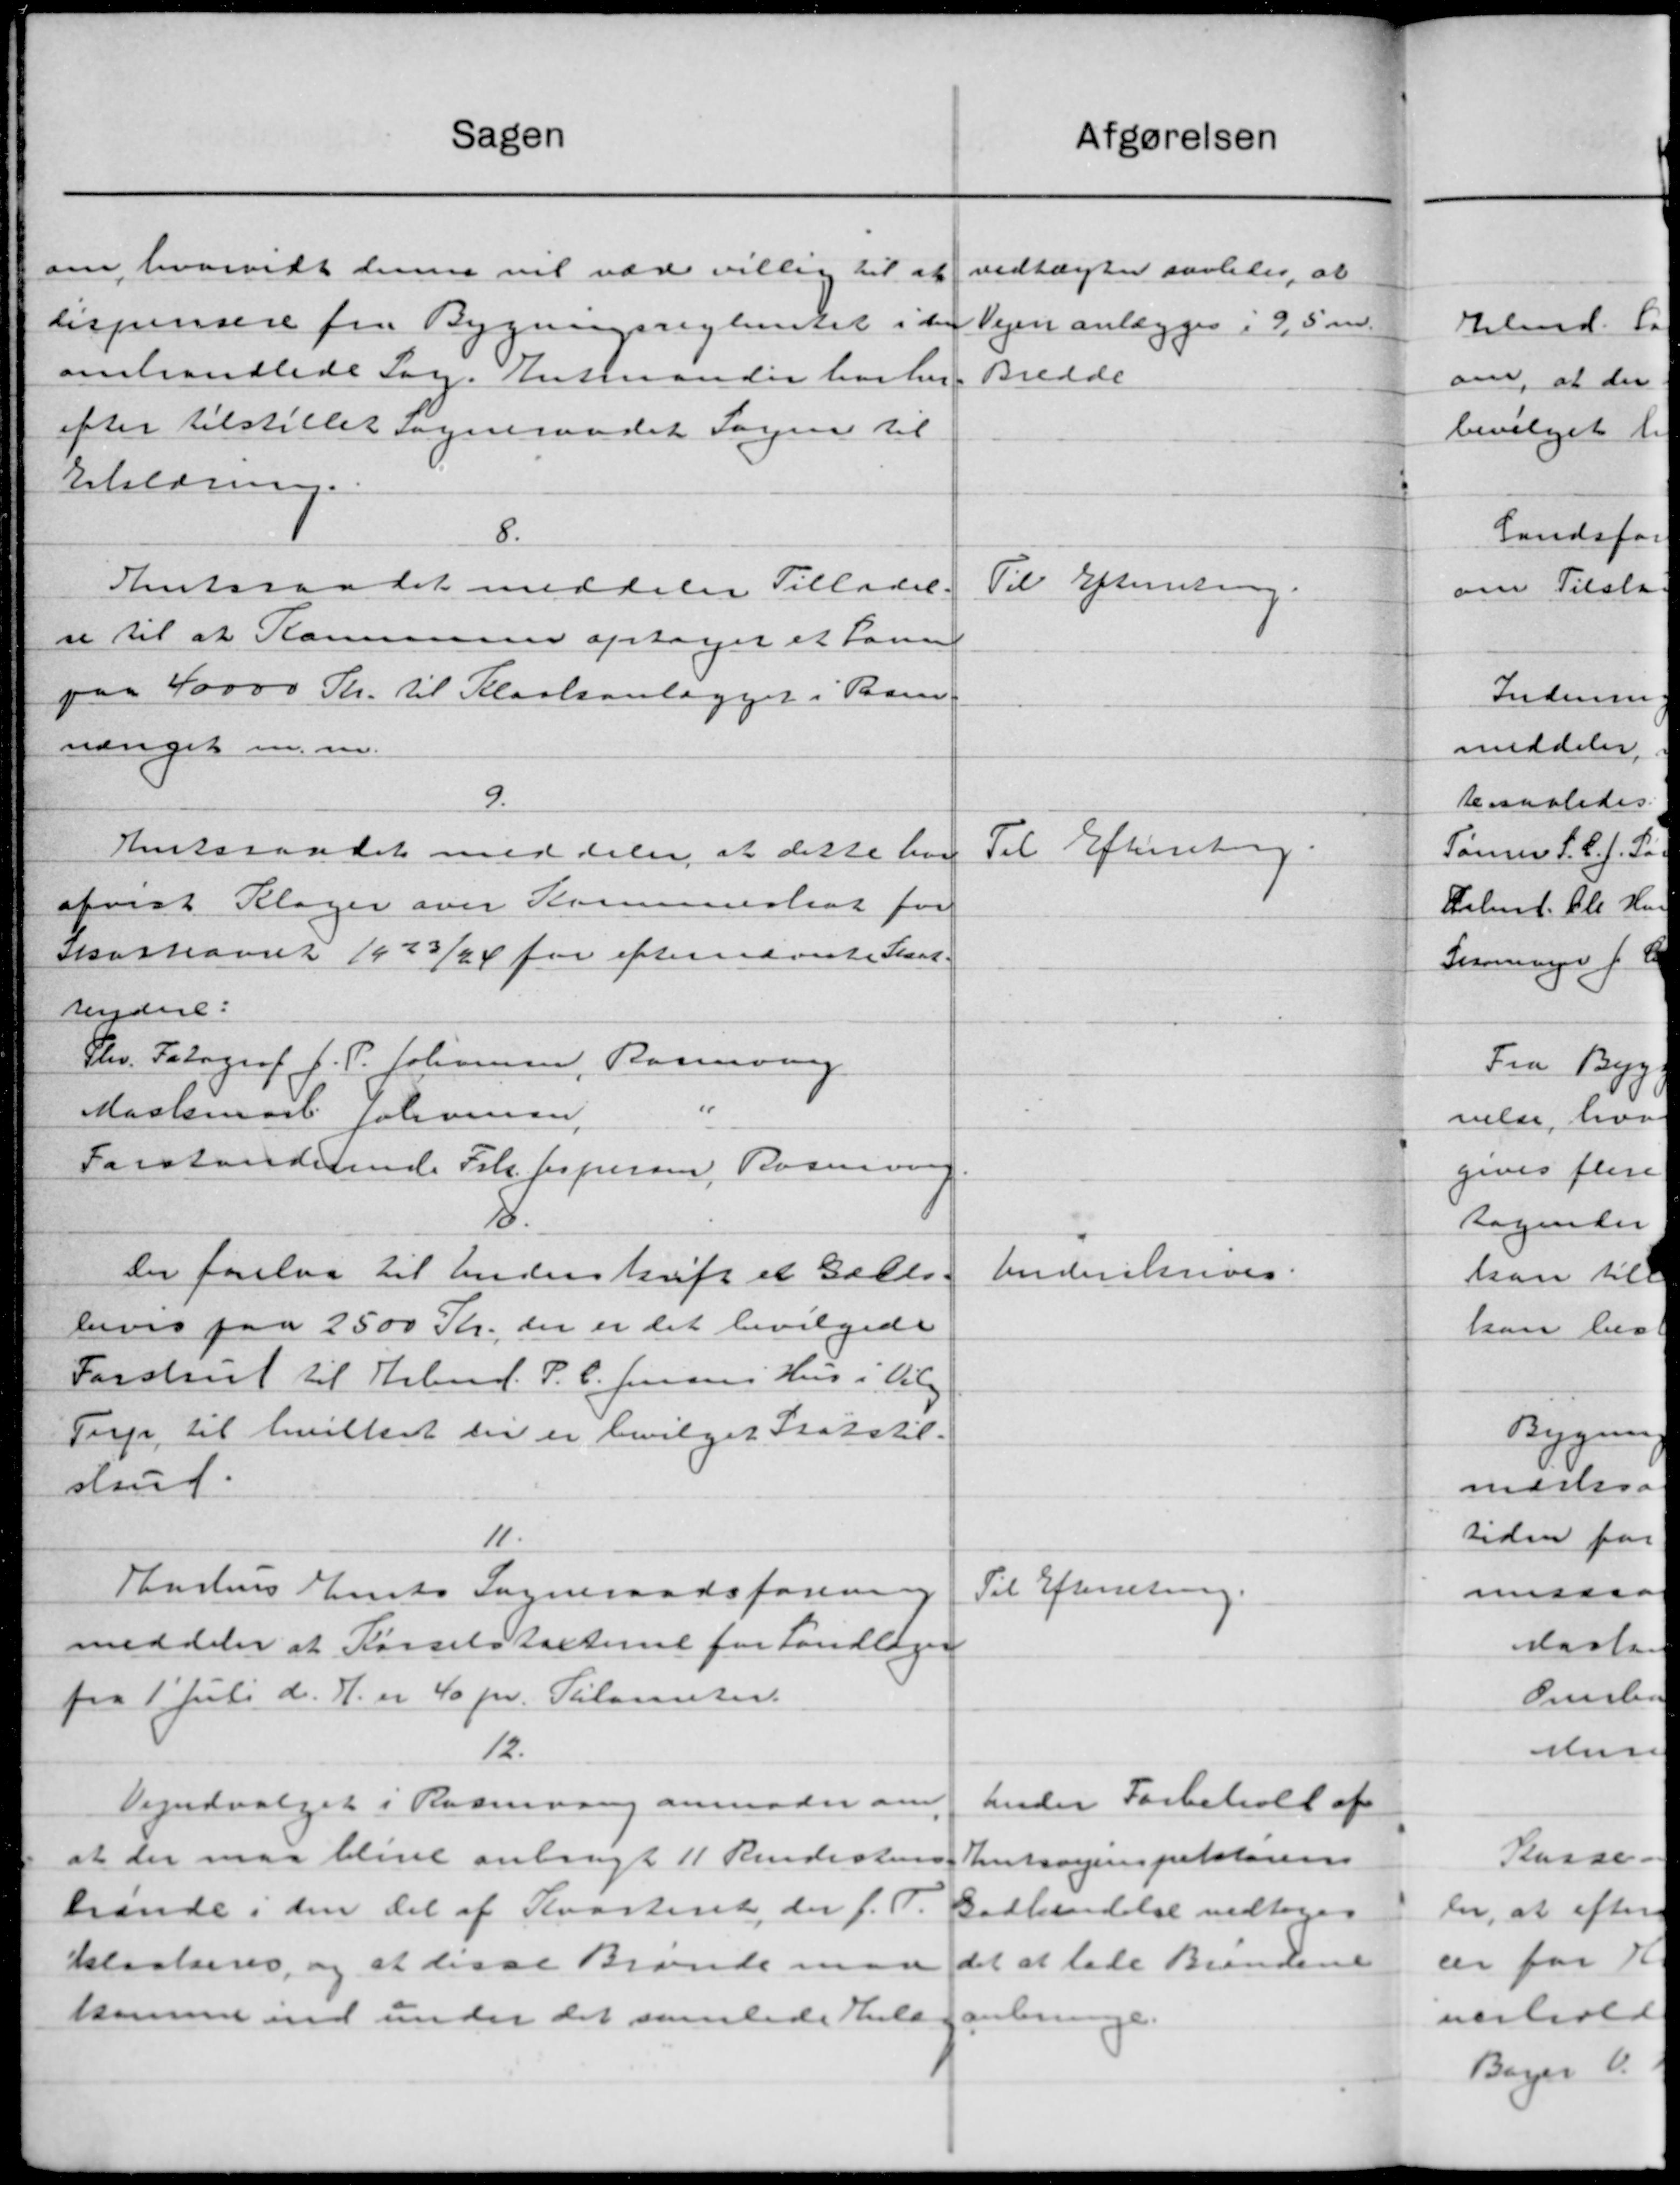
Transskription:
Sagen
om hvorvidt denne vil være villig til at
lispensere fra Bygningsreglentet i den
omhandlede Sag. Ensmanden har her
efter tilstillet sogneraadet Sagen til
Erklæring.
8.
Amtsraadet meddeler Tilladel-
se til at Kommuner optaget et Sam
paa 40000 Kr. til Kloakanlægger i Barn.
nænget m.m.
9.
Amtsraadet meddeler at dette hver
afvist Klager over Komuneskat for
Skosteaaret 1923/24 for efternedviste Skat.
reydere:
Chr. Fotograf J. P. Johansen, Rasmusg
"
Masksmark. Johansen
Forstanderende Frk. Jespersen, Rasmussen
Der forelaa til Underskrift et Gælds.
bevis paa 2500 Kr., der er det bevilgede
Forstrup til Arbmd. P. C. Jensens Hus i Vilg.
Terp til hvilket de er bevilget Gratstil-
strud.
11.
Hastens Amts Sogneraadsforening
meddeler at Kørselstalteret for Landlæger
fra 1' Juli d. A. er 40 pr. Tilometer.
12.
Vejudvalget i Rosenving anmoder om
at der maa blive anbragt 11 Rendestens
hrende i den del af Kvarteret, der f. P.
Selvalseres, og at disse Brænde man
kamme ved under det samlede Hule